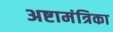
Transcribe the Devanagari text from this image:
अष्टामंत्रिका